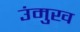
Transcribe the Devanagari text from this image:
उंमुख